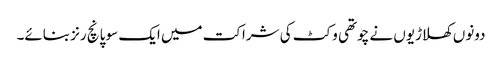
دونوں کھلاڑیوں نے چوتھی وکٹ کی شراکت میں ایک سو پانچ رنز بنائے۔